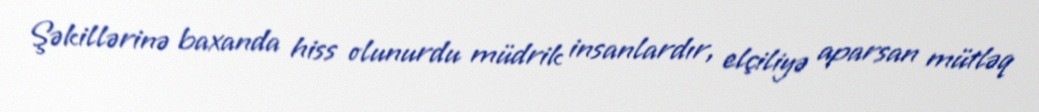
Şəkillərinə baxanda hiss olunurdu müdrik insanlardır, elçiliyə aparsan mütləq